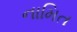
નામિત